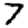
Digit: 7